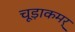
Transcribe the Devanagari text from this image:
चूड़ाकमर्